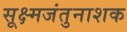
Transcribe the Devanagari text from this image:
सूक्ष्मजंतुनाशक